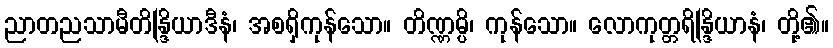
ညာတညသာမီတိန္ဒြိယာဒီနံ၊ အစရှိကုန်သော။ တိဏ္ဏမ္ပိ၊ ကုန်သော။ လောကုတ္တရိန္ဒြိယာနံ၊ တို့၏။